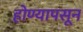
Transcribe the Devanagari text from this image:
होण्यापसून